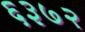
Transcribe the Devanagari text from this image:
६३७२